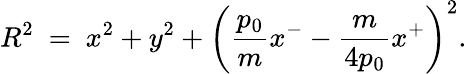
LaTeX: R^{2}~=~x^{2}+y^{2}+\left({\frac{p_{0}}{m}}x^{-}-{\frac{m}{4p_{0}}}x^{+}\right)^{2}.